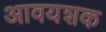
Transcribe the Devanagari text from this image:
आवयशक